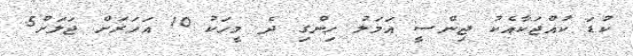
ކުޑަ ކުއްޖަކާއެކު ޖިންސީ އަމަލު ހިންގި ދެ މީހަކު 10 އަހަރަށް ޖަލަށް5